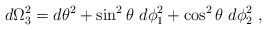
\begin{align*}d\Omega_3^2= d\theta^2 + \sin^2\theta ~d\phi_1^2 + \cos^2\theta~d\phi_2^2\ ,\end{align*}